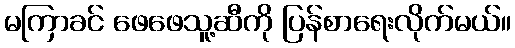
မကြာခင် ဖေဖေသူ့ဆီကို ပြန်စာရေးလိုက်မယ်။